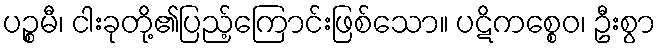
ပဉ္စမီ၊ ငါးခုတို့၏ပြည့်ကြောင်းဖြစ်သော။ ပဋိကစ္စေဝ၊ ဦးစွာ